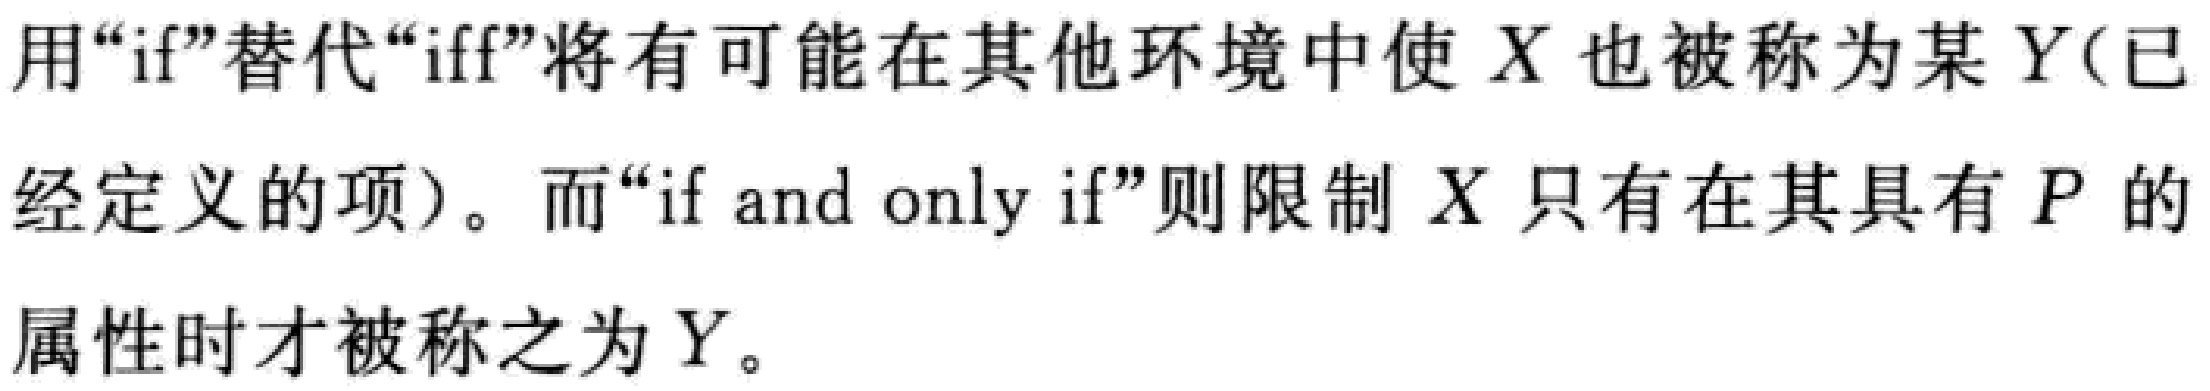
用“if”替代“iff”将有可能在其他环境中使 \(X\) 也被称为某 \(Y\)(已经定义的项)。而“if and only if”则限制 \(X\) 只有在其具有 \(P\) 的属性时才被称之为 \(Y\)。